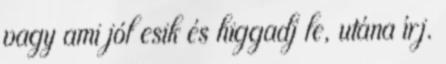
vagy ami jól esik és higgadj le, utána írj.